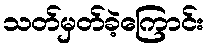
သတ်မှတ်ခဲ့ကြောင်း